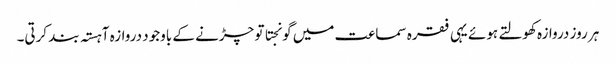
ہر روز دروازہ کھولتے ہوئے یہی فقرہ سماعت میں گونجتا تو چڑنے کے باوجود دروازہ آہستہ بند کرتی۔